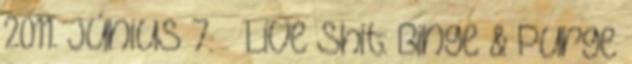
2011. június 7. ↑ Live Shit: Binge & Purge